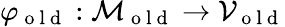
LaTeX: \varphi_{\mathrm{~o~l~d~}}:\mathcal{M}_{\mathrm{~o~l~d~}}\to\mathcal{V}_{\mathrm{~o~l~d~}}